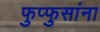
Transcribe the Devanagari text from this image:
फुप्फुसांना